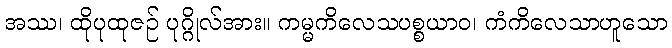
အဿ၊ ထိုပုထုဇဉ် ပုဂ္ဂိုလ်အား။ ကမ္မကိလေသပစ္စယာဝ၊ ကံကိလေသာဟူသော